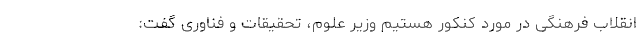
انقلاب فرهنگی در مورد کنکور هستیم وزیر علوم، تحقیقات و فناوری گفت: